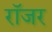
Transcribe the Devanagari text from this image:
राॅजर